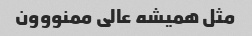
مثل همیشه عالی ممنووون